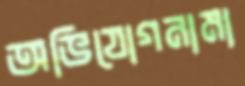
অভিযোগনামা